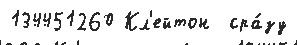
134451260 Кл'ейтон  сра́зу